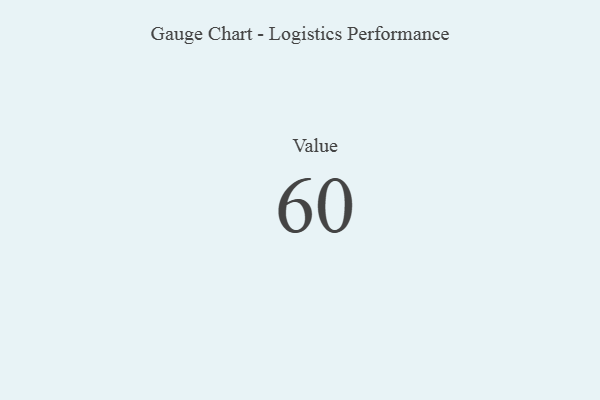
{"axis": {"x": "Metric", "y": "Value"}, "legend": [""], "data": [{"x": "Value", "y": 60, "type": ""}]}